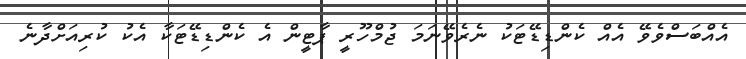
އެއްބަސްވެވޭ އެއް ކެންޑިޑޭޓަކު ނެރެވޭނަމަ ޖުމްހޫރީ ޕާޓީން އެ ކެންޑިޑޭޓަކާ އެކު ކުރިއަށްދާނެ